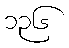
၁၃၆